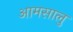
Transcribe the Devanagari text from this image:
आमसालु